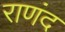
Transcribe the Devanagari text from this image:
राणंद